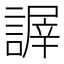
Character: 謘